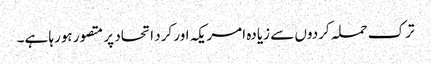
ترک حملہ کردوں سے زیادہ امریکہ اور کرد اتحاد پر متصور ہورہا ہے۔